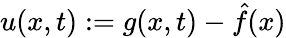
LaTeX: u(x,t):=g(x,t)-\hat{f}(x)